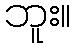
ဘူး။